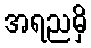
အရညမှိ